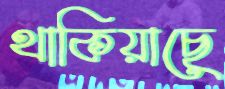
থাকিয়াছে